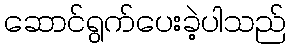
ဆောင်ရွက်ပေးခဲ့ပါသည်